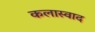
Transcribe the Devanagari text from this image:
कलास्वाद